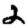
Digit: 2